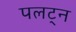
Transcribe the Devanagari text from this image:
पलट्न